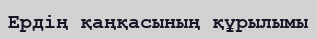
Ердің қаңқасының құрылымы